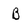
Character: B